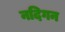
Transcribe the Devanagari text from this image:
नदिगन